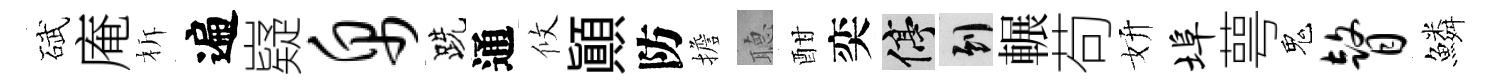
碔庵柝遍嶷帛跣通攸顚防擔𦗟酣奕停到輾苟妍埠萼鬼瞽鱗